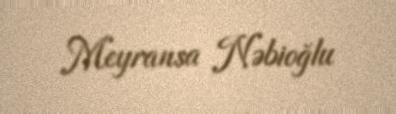
Meyransa Nəbioğlu